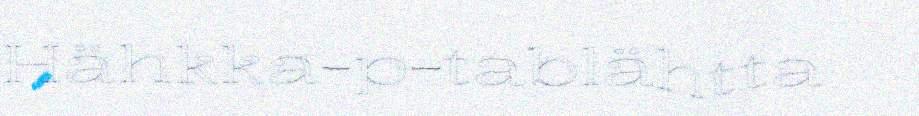
Hähkka-p-tablähtta